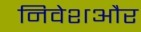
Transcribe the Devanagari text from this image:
निवेशऔर